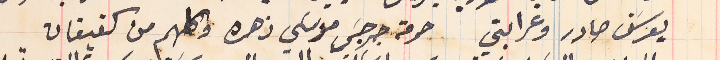
يوسَف صادر وعرابتي حرمة جرجسَ موسَي زهره وكلهم من كفيفان